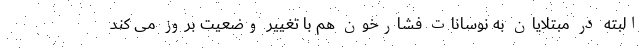
البته در مبتلایان به نوسانات فشارخون هم با تغییر وضعیت بروز می کند